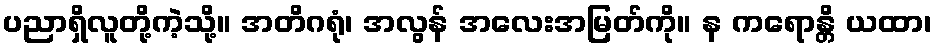
ပညာရှိလူတို့ကဲ့သို့။ အတိဂရုံ၊ အလွန် အလေးအမြတ်ကို။ န ကရောန္တိ ယထာ၊